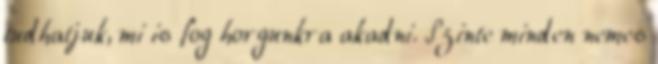
tudhatjuk, mi is fog horgunkra akadni. Szinte minden nemes